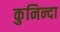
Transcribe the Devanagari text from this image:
कुनिन्दा